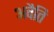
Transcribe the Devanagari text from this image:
अवैति